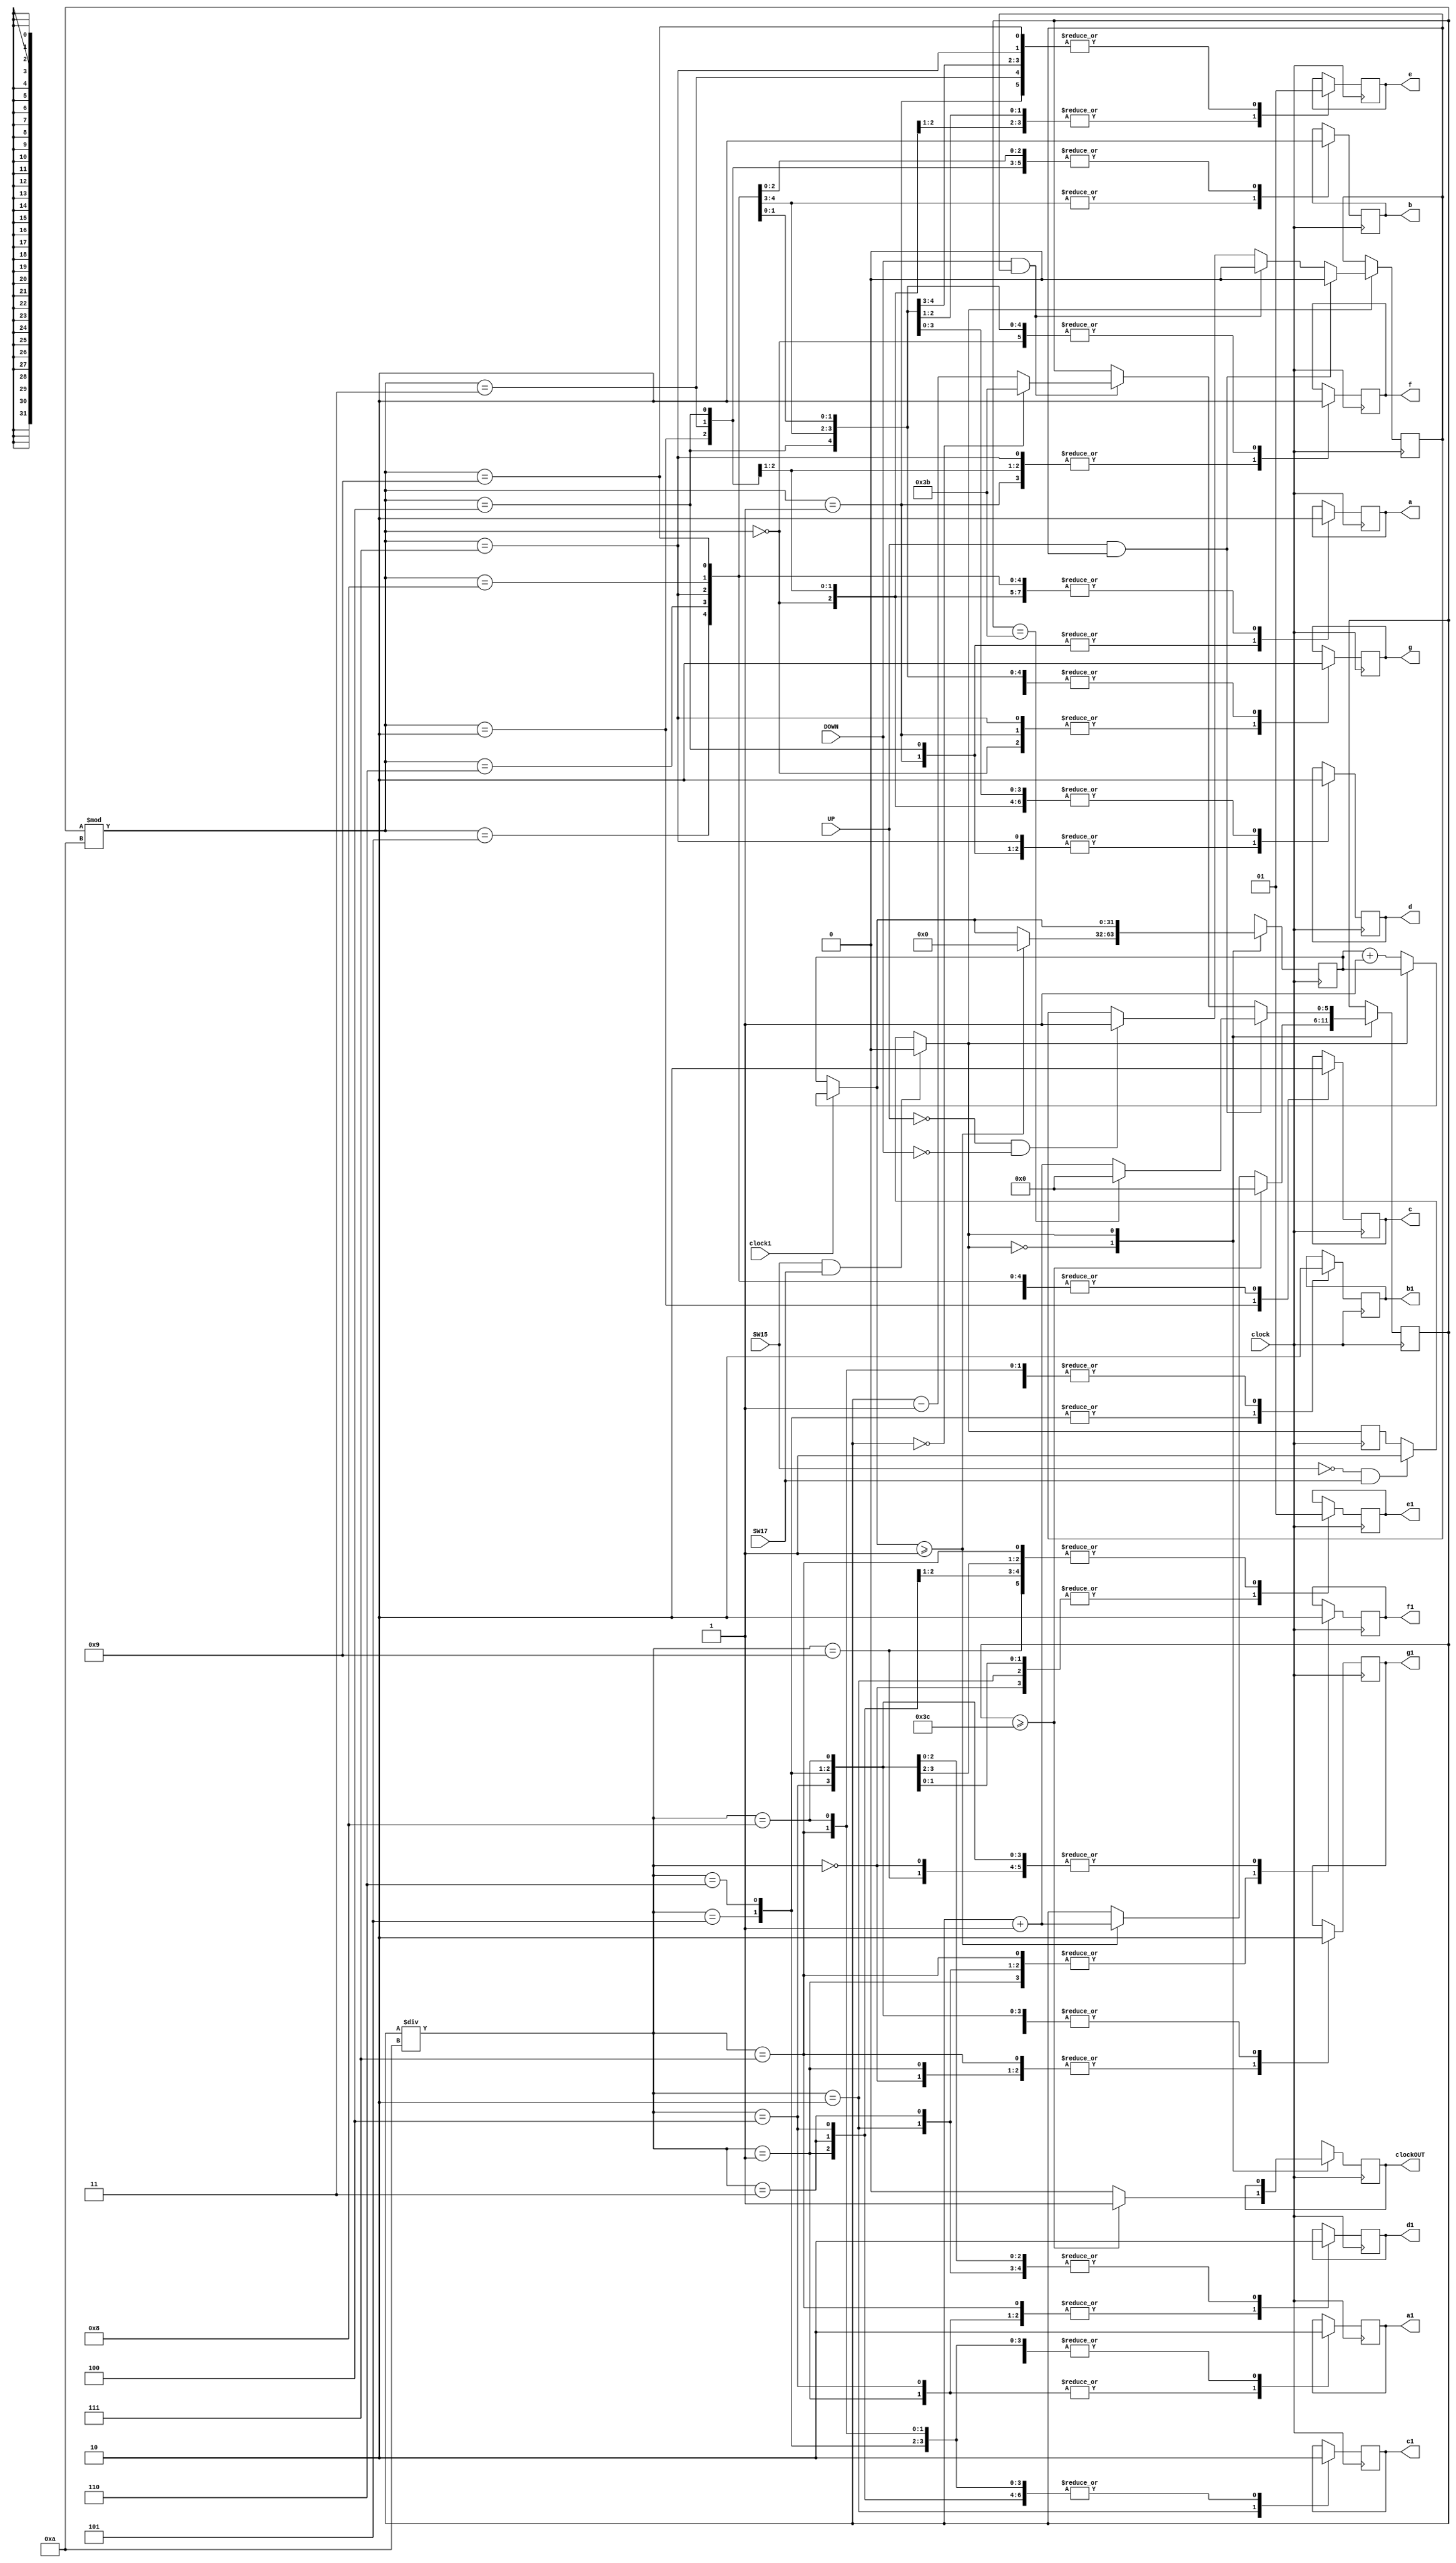
module minutos(clock, clock1, UP, DOWN, SW15, SW17, clockOUT, a, b, c, d, e, f, g, a1, b1, c1, d1, e1, f1, g1);
input clock, UP, DOWN, SW15, clock1, SW17;
reg [5:0]minuto;

output reg clockOUT, a, b, c, d, e, f, g, a1, b1, c1, d1, e1, f1, g1;
reg estado, jafoi;
reg [31:0]count;
initial minuto = 0;
initial count = 0;

always @(posedge clock) begin
	if(SW15 == 1 && SW17 == 1 )
		estado = 0;
	else if(SW15 == 0 && SW17 == 1)
		estado = 1;
	
	
	case(clock1)
		1 :	if(estado == 0)
				count = count + 1;
	endcase
	
	case(estado)
		0 : begin				
				if(count >= 1)begin
					minuto <= minuto + 1; 
					count = 0;
					end
				
					
				if(minuto >= 60)begin
					clockOUT = 1;
					minuto <= 0;
					end
				else
					clockOUT = 0;
			end			
		1 : begin
				if(UP == 1 && jafoi == 1)begin
					if(minuto==59)
						minuto <= 0;
					else
						minuto <= minuto + 1;
					jafoi <= 0; end
				else 
				if(DOWN== 1 && jafoi == 1)begin
					if(minuto==0)
						minuto <= 59;
					else
						minuto <= minuto - 1;
					jafoi <= 0; end
				else
				if(UP==0 && DOWN==0)
					jafoi <= 1;
							
			end			
	endcase	
	
	case(minuto%10)
			0 : begin a <= 0 ; b <= 0 ; c <= 0 ; d <= 0 ; e <= 0 ; f <= 0 ; g <= 1 ;end
			1 : begin a <= 1 ; b <= 0 ; c <= 0 ; d <= 1 ; e <= 1 ; f <= 1 ; g <= 1 ;end
			2 : begin a <= 0 ; b <= 0 ; c <= 1 ; d <= 0 ; e <= 0 ; f <= 1 ; g <= 0 ;end
			3 : begin a <= 0 ; b <= 0 ; c <= 0 ; d <= 0 ; e <= 1 ; f <= 1 ; g <= 0 ;end
			4 : begin a <= 1 ; b <= 0 ; c <= 0 ; d <= 1 ; e <= 1 ; f <= 0 ; g <= 0 ;end
			5 : begin a <= 0 ; b <= 1 ; c <= 0 ; d <= 0 ; e <= 1 ; f <= 0 ; g <= 0 ;end
			6 : begin a <= 0 ; b <= 1 ; c <= 0 ; d <= 0 ; e <= 0 ; f <= 0 ; g <= 0 ;end
			7 : begin a <= 0 ; b <= 0 ; c <= 0 ; d <= 1 ; e <= 1 ; f <= 1 ; g <= 1 ;end
			8 : begin a <= 0 ; b <= 0 ; c <= 0 ; d <= 0 ; e <= 0 ; f <= 0 ; g <= 0 ;end
			9 :	begin a <= 0 ; b <= 0 ; c <= 0 ; d <= 0 ; e <= 1 ; f <= 0 ; g <= 0 ;end
		endcase
	case(minuto/10)
			0 : begin a1 <= 0 ; b1 <= 0 ; c1 <= 0 ; d1 <= 0 ; e1 <= 0 ; f1 <= 0 ; g1 <= 1 ;end
			1 : begin a1 <= 1 ; b1 <= 0 ; c1 <= 0 ; d1 <= 1 ; e1 <= 1 ; f1 <= 1 ; g1 <= 1 ;end
			2 : begin a1 <= 0 ; b1 <= 0 ; c1 <= 1 ; d1 <= 0 ; e1 <= 0 ; f1 <= 1 ; g1 <= 0 ;end
			3 : begin a1 <= 0 ; b1 <= 0 ; c1 <= 0 ; d1 <= 0 ; e1 <= 1 ; f1 <= 1 ; g1 <= 0 ;end
			4 : begin a1 <= 1 ; b1 <= 0 ; c1 <= 0 ; d1 <= 1 ; e1 <= 1 ; f1 <= 0 ; g1 <= 0 ;end
			5 : begin a1 <= 0 ; b1 <= 1 ; c1 <= 0 ; d1 <= 0 ; e1 <= 1 ; f1 <= 0 ; g1 <= 0 ;end
			6 : begin a1 <= 0 ; b1 <= 1 ; c1 <= 0 ; d1 <= 0 ; e1 <= 0 ; f1 <= 0 ; g1 <= 0 ;end
			7 : begin a1 <= 0 ; b1 <= 0 ; c1 <= 0 ; d1 <= 1 ; e1 <= 1 ; f1 <= 1 ; g1 <= 1 ;end
			8 : begin a1 <= 0 ; b1 <= 0 ; c1 <= 0 ; d1 <= 0 ; e1 <= 0 ; f1 <= 0 ; g1 <= 0 ;end
			9 :	begin a1 <= 0 ; b1 <= 0 ; c1 <= 0 ; d1 <= 0 ; e1 <= 1 ; f1 <= 0 ; g1 <= 0 ;end
		endcase
	
end
endmodule